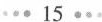
· · ·15· · ·